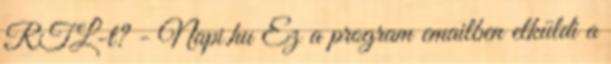
RTL-t? - Napi.hu Ez a program emailben elküldi a